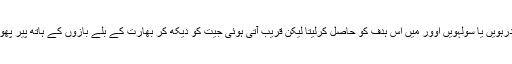
اگر ایک، دو رنز دوڑنے کا سہارا بھی لیا جاتا تو بھارت باآسانی پندرہویں یا سولہویں اوور میں اس ہدف کو حاصل کرلیتا لیکن قریب آتی ہوئی جیت کو دیکھ کر بھارت کے بلے بازوں کے ہاتھ پیر پھول گئے اور آسٹریلیا نے اس کاپورا پورا فائدہ اٹھا کر بساط لپیٹ دی۔